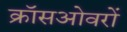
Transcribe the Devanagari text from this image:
क्रॉसओवरों